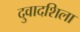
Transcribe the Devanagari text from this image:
दुवादशिला